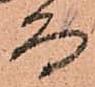
而